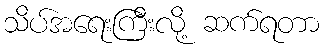
သိပ်အရေးကြီးလို့ ဆက်ရတာ